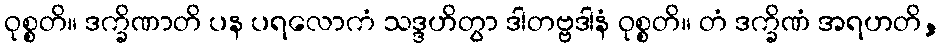
ဝုစ္စတိ။ ဒက္ခိဏာတိ ပန ပရလောကံ သဒ္ဒဟိတွာ ဒါတဗ္ဗဒါနံ ဝုစ္စတိ။ တံ ဒက္ခိဏံ အရဟတိ,